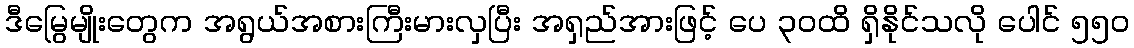
ဒီမြွေမျိုးတွေက အရွယ်အစားကြီးမားလှပြီး အရှည်အားဖြင့် ပေ ၃၀ထိ ရှိနိုင်သလို ပေါင် ၅၅၀